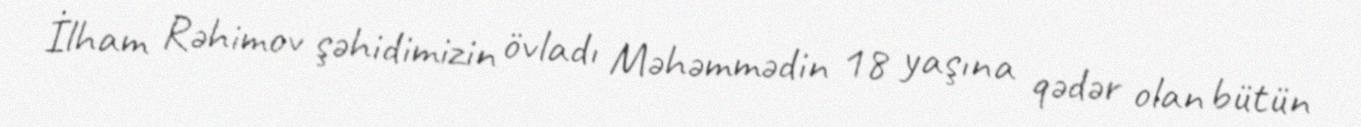
İlham Rəhimov şəhidimizin övladı Məhəmmədin 18 yaşına qədər olan bütün